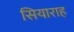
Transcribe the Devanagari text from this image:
सियाराह